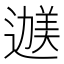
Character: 𬩇